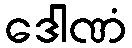
ဒေါဏံ